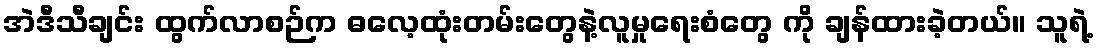
အဲဒီသီချင်း ထွက်လာစဉ်က ဓလေ့ထုံးတမ်းတွေနဲ့လူမှုရေးစံတွေ ကို ချန်ထားခဲ့တယ်။ သူရဲ့